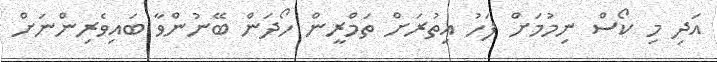
އަދި މި ކޯސް ނިމުމަށް ފަހު އިތުރަށް ތަމްރީން ހޯދަން ބޭނުންވާ ބައިވެރިންނަށް